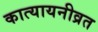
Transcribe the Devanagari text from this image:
कात्यायनीव्रत